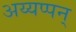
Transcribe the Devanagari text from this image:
अय्यप्पन्